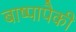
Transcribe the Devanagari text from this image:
बाष्पापैकी